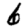
Digit: 6